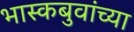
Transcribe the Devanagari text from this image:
भास्कबुवांच्या